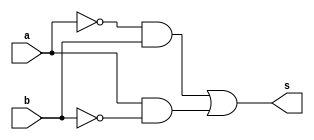
// -------------------------
// Exercicio006 - xor
// Nome: Rafael Guimaraes de Sousa
// -------------------------

module xorgate (output s, input a, input b);
assign s = (~(a)&(b)) | ((a)&~(b));
endmodule

module testeXor;

wire s;
reg a, b;

xorgate XNO1 (s,a,b);

initial begin:start

a=0;
b=0;

end

initial begin:main
$display("Exercicio 006 - Rafael Guimaraes de Sousa - 451607");
$display("Test xor:");
$monitor("%d\t%b xor %b = %b", $time, a, b, s);
#1 a = 0;b=1;
#1 a=1; b=0;
#2 a = 1;b=1;
end
endmodule